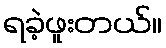
ရခဲ့ဖူးတယ်။